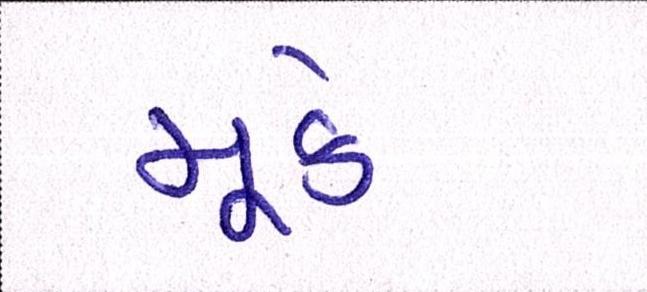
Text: મૂકે